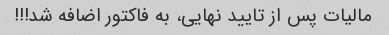
مالیات پس از تایید نهایی، به فاکتور اضافه شد!!!